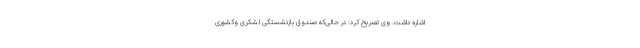
اشاره داشت. وی تصریح کرد: در حالی‌که صندوق بازنشستگی لشکری وکشوری